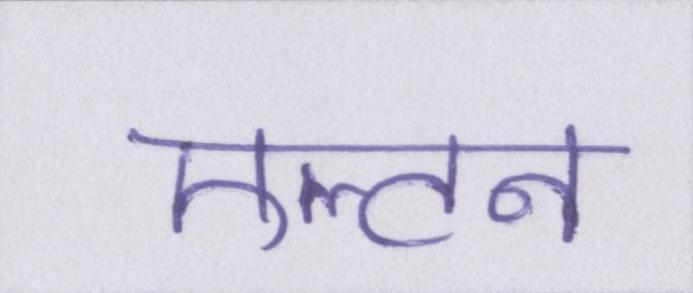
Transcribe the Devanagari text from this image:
एल्टन